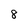
Character: 8